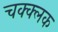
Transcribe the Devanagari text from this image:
चक्क्लक